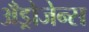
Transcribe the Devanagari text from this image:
अँड्रोजेन्स